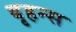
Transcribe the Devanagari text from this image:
बृहन्स